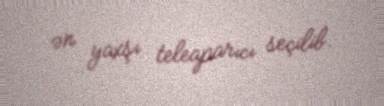
ən yaxşı teleaparıcı seçilib.